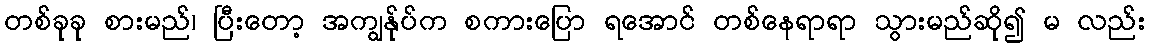
တစ်ခုခု စားမည်၊ ပြီးတော့ အကျွန်ုပ်က စကားပြော ရအောင် တစ်နေရာရာ သွားမည်ဆို၍ မ လည်း